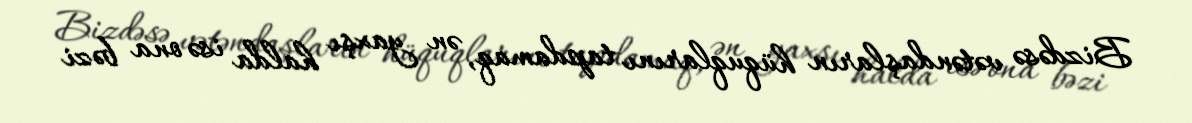
Bizdəsə vətəndaşların hüquqlarını tapdamaq, ən yaxşı halda isə ona bəzi